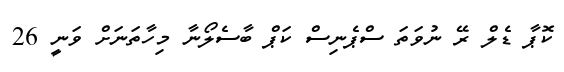
ކޮޕާ ޑެލް ރޭ ނުވަތަ ސްޕެނިސް ކަޕް ބާސެލޯނާ މިހާތަނަށް ވަނީ 26